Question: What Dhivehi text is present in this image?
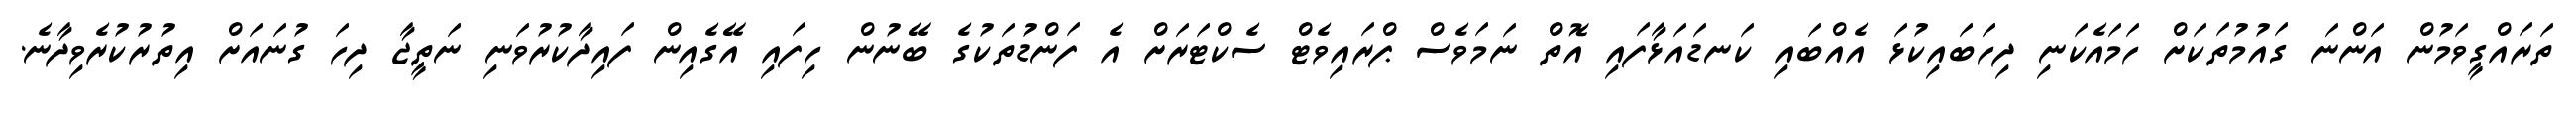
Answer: ތަރައްގީވަމުން އަންނަ ގައުމުތަކަށް ހަމައެކަނި ދިހަބައިކުޅަ އެއްބައި ކަނޑައަޅާފައި އޮތް ނަމަވެސް ޕްރައިވެޓް ސެކްޓަރަށް އެ ފަންޑުތަކުގެ ބޭނުން ހިފައި އޭގެއިން ފައިދާކުރުވަނި ނަތީޖާ ދިހަ ގުނައަށް އިތުރުކުރެވިދާނެ.